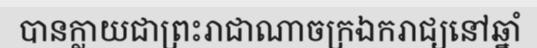
បានក្លាយជាព្រះរាជាណាចក្រឯករាជ្យនៅឆ្នាំ